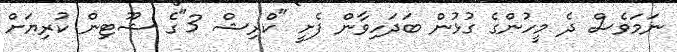
ނަމަވެސް ދެ މީހުންގެ ގުޅުން ބަދަހިވާން ފެށީ "ކްރިޝް 3"ގެ ޝޫޓިން ކުރިޔަށް